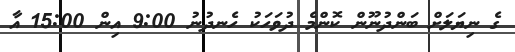
ގެ ނިޔަލަށް ބަންދުނޫން ކޮންމެ ދުވަހަކު ހެނދުނު 9:00 އިން 15:00 އާ